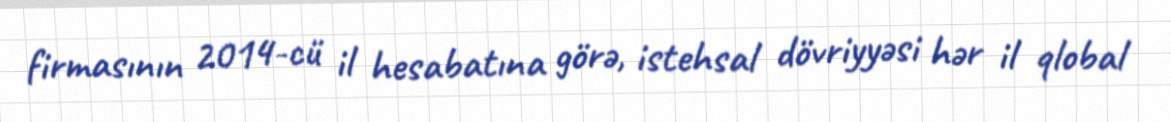
firmasının 2014-cü il hesabatına görə, istehsal dövriyyəsi hər il qlobal